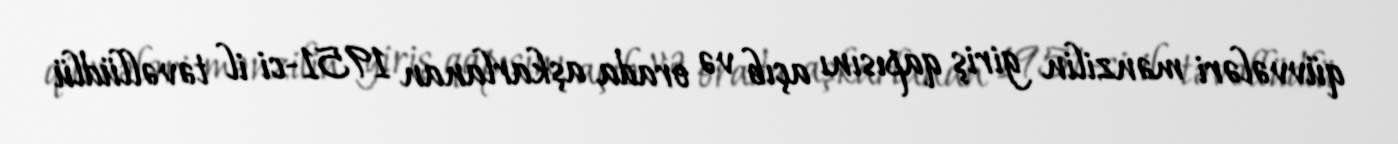
qüvvələri mənzilin giriş qapısını açıb və orada aşkarlanan 1951-ci il təvəllüdlü